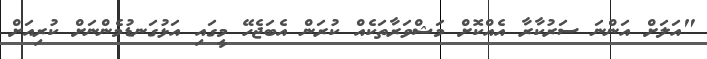
"އަލަށް އަންނަ ސަރުކާރާ އެއްކޮށް މަޝްވަރާތަކެއް ކުރަން އެބަޖެހޭ މީގައި އަޅުގަނޑުމެންނަށް ކުރިއަށް